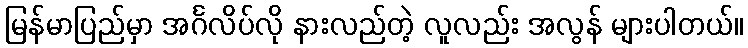
မြန်မာပြည်မှာ အင်္ဂလိပ်လို နားလည်တဲ့ လူလည်း အလွန် များပါတယ်။